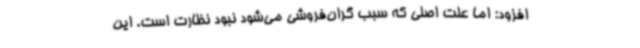
افزود: اما علت اصلی که سبب گران‌فروشی می‌شود نبود نظارت است. این